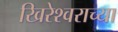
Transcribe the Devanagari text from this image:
खिरेश्वराच्या